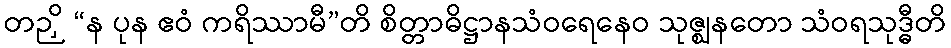
တဉှိ “န ပုန ဧဝံ ကရိဿာမီ”တိ စိတ္တာဓိဋ္ဌာနသံဝရေနေဝ သုဇ္ဈနတော သံဝရသုဒ္ဓီတိ